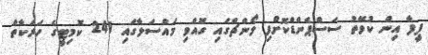
ފީފާ އިން ކުވޭތު ސަސްޕެންޑްކޮށްފި ލޯންޗްގައި ގޮއްވި މައްސަލާގައި 241 ކޮމިޓީގެ ހަރަކާތް